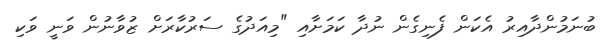
ބުނަމުންދާއިރު އެކަން ފެނިގެން ނުދާ ކަމަށާއި "މިއަދުގެ ސަރުކާރަށް ޒުވާނުން ވަނީ ވަކި